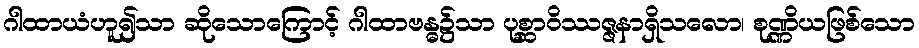
ဂါထာယံဟူ၍သာ ဆိုသောကြောင့် ဂါထာဗန္ဓ၌သာ ပုစ္ဆာဝိဿဇ္ဇနာရှိသလော၊ စုဏ္ဏိယဖြစ်သော